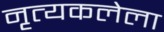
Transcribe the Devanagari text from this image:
नृत्यकलेला